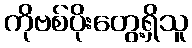
ကိုဗစ်ပိုးတွေ့ရှိသူ